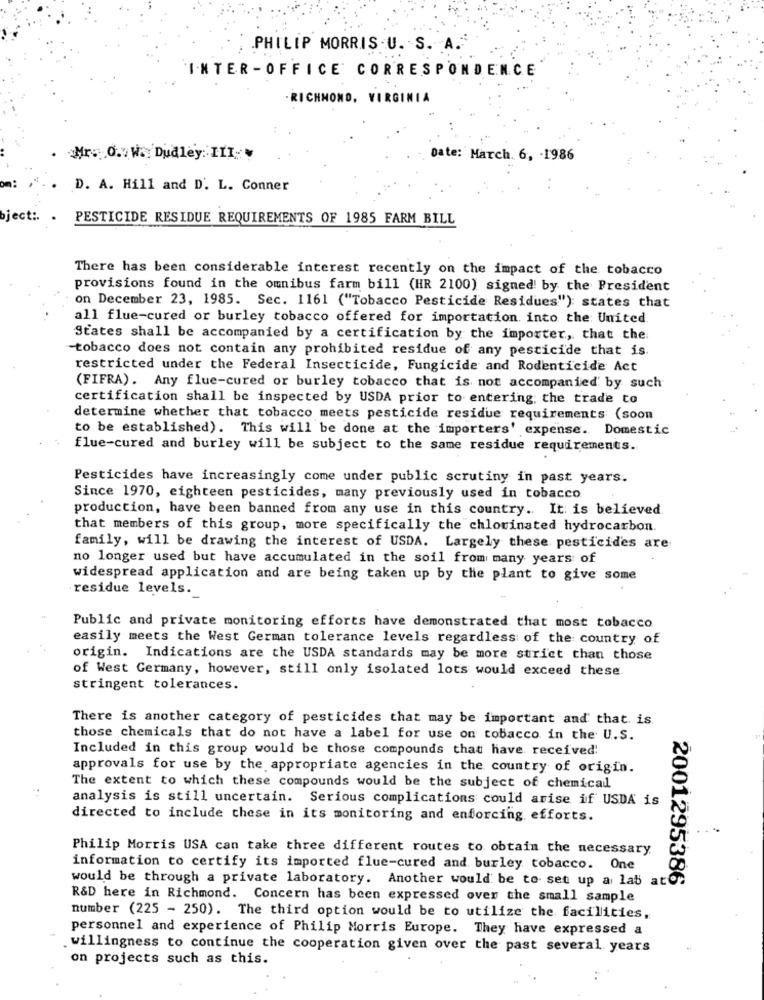
.PHILIP MORRIS .U. S. A.
INTER-OFFICE CORRESPONDENCE
- RICHMOND, VIRGINIA
Mr. O. W.Dudley: I11
Date: March. 6, - 1986
D. A. Hill and D'. L. Conner
bject :.
PESTICIDE RESIDUE REQUIREMENTS OF 1985 FARM BILL
There has been considerable interest recently on the impact of the tobacco
provisions found in the omnibus farm bill (HR 2100) signed by the President
on December 23, 1985. Sec. 1161 ("Tobacco Pesticide Residues"): states that
all flue-cured or burley tobacco offered for importation into the United.
States shall be accompanied by a certification by the importer, that the
tobacco does not contain any prohibited residue of any pesticide that is
restricted under the Federal Insecticide, Fungicide and Rodenticide Act
(FIFRA). Any flue-cured or burley tobacco that is not accompanied by such
certification shall be inspected by USDA prior to entering; the trade to
determine whether that tobacco meets pesticide residue requirements (soon
to be established). This will be done at the importers' expense. Domestic
flue-cured and burley will be subject to the same residue requirements.
Pesticides have increasingly come under public scrutiny in past years.
Since 1970, eighteen pesticides, many previously used in tobacco
production, have been banned from any use in this country. It is believed
that members of this group, more specifically the chlorinated hydrocarbon.
family, will be drawing the interest of USDA. Largely these pesticides are
no longer used but have accumulated in the soil from many years of
widespread application and are being taken up by the plant to give some
residue levels ._
Public and private monitoring efforts have demonstrated that most tobacco
easily meets the West German tolerance levels regardless of the country of
origin. Indications are the USDA standards may be more strict than those
of West Germany, however, still only isolated lots would exceed these.
stringent tolerances.
There is another category of pesticides that may be important and' that is
those chemicals that do not have a label for use on tobacco in the U.S.
Included in this group would be those compounds that have received!
approvals for use by the appropriate agencies in the country of origin.
The extent to which these compounds would be the subject of chemical
analysis is still uncertain. Serious complications could arise if USDA is
directed to include these in its monitoring and enforcing efforts.
Philip Morris USA can take three different routes to obtain the necessary
information to certify its imported flue-cured and burley tobacco. One
would be through a private laboratory. Another would be to set up a lab ater
2001295386
R&D here in Richmond. Concern has been expressed over the small sample
number (225 - 250). The third option would be to utilize the facilities,
personnel and experience of Philip Morris Europe. They have expressed a
willingness to continue the cooperation given over the past several years
on projects such as this.